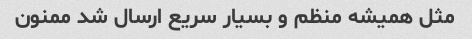
مثل همیشه منظم و بسیار سریع ارسال شد ممنون